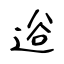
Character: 逧